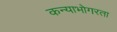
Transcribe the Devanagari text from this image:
कन्याभोगरता